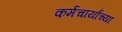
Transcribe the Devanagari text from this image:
कर्मचार्यांच्या